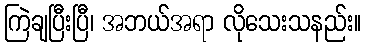
ကြဲချပြီးပြီ၊ အဘယ်အရာ လိုသေးသနည်း။